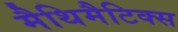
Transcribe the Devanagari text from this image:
मैथिमैटिक्स